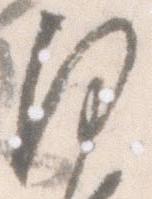
沙